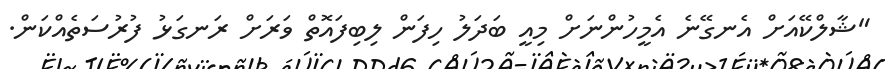
"ޝާލްކޭއަށް އެނގޭނެ އެމީހުންނަށް މިއީ ބަދަލު ހިފަން ލިބިފައޮތް ވަރަށް ރަނގަޅު ފުރުސަތެއްކަން.